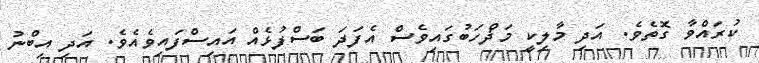
ކުރައްވާ ގޮތެވެ. އަދި މާލިކީ މަޛްހަބުގައިވެސް އެފަދަ ބަސްފުޅެއް އައިސްފައިވެއެވެ. އަދި އިބްނު